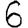
Digit: 6